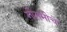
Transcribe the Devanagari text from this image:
गौतमीचे